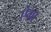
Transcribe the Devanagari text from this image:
ऐग्रा